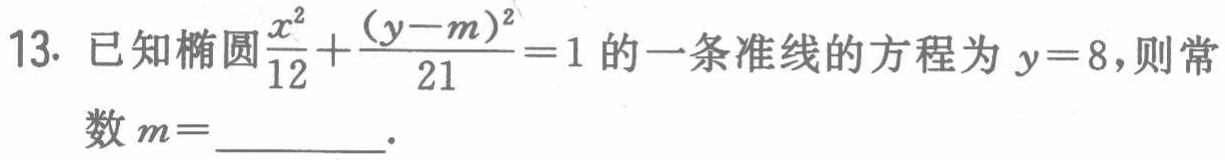
已知椭圆$\frac{x^{2}}{12}+\frac{(y - m)^{2}}{21}=1$的一条准线的方程为$y = 8$，则常数$m =$ .